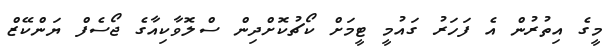
މީގެ އިތުރުން އެ ފަހަރު ގައުމީ ޓީމަށް ކޯޗުކޮށްދިން ސްލޮވާކިއާގެ ޖޯސެފް ޔަންކޭޒް